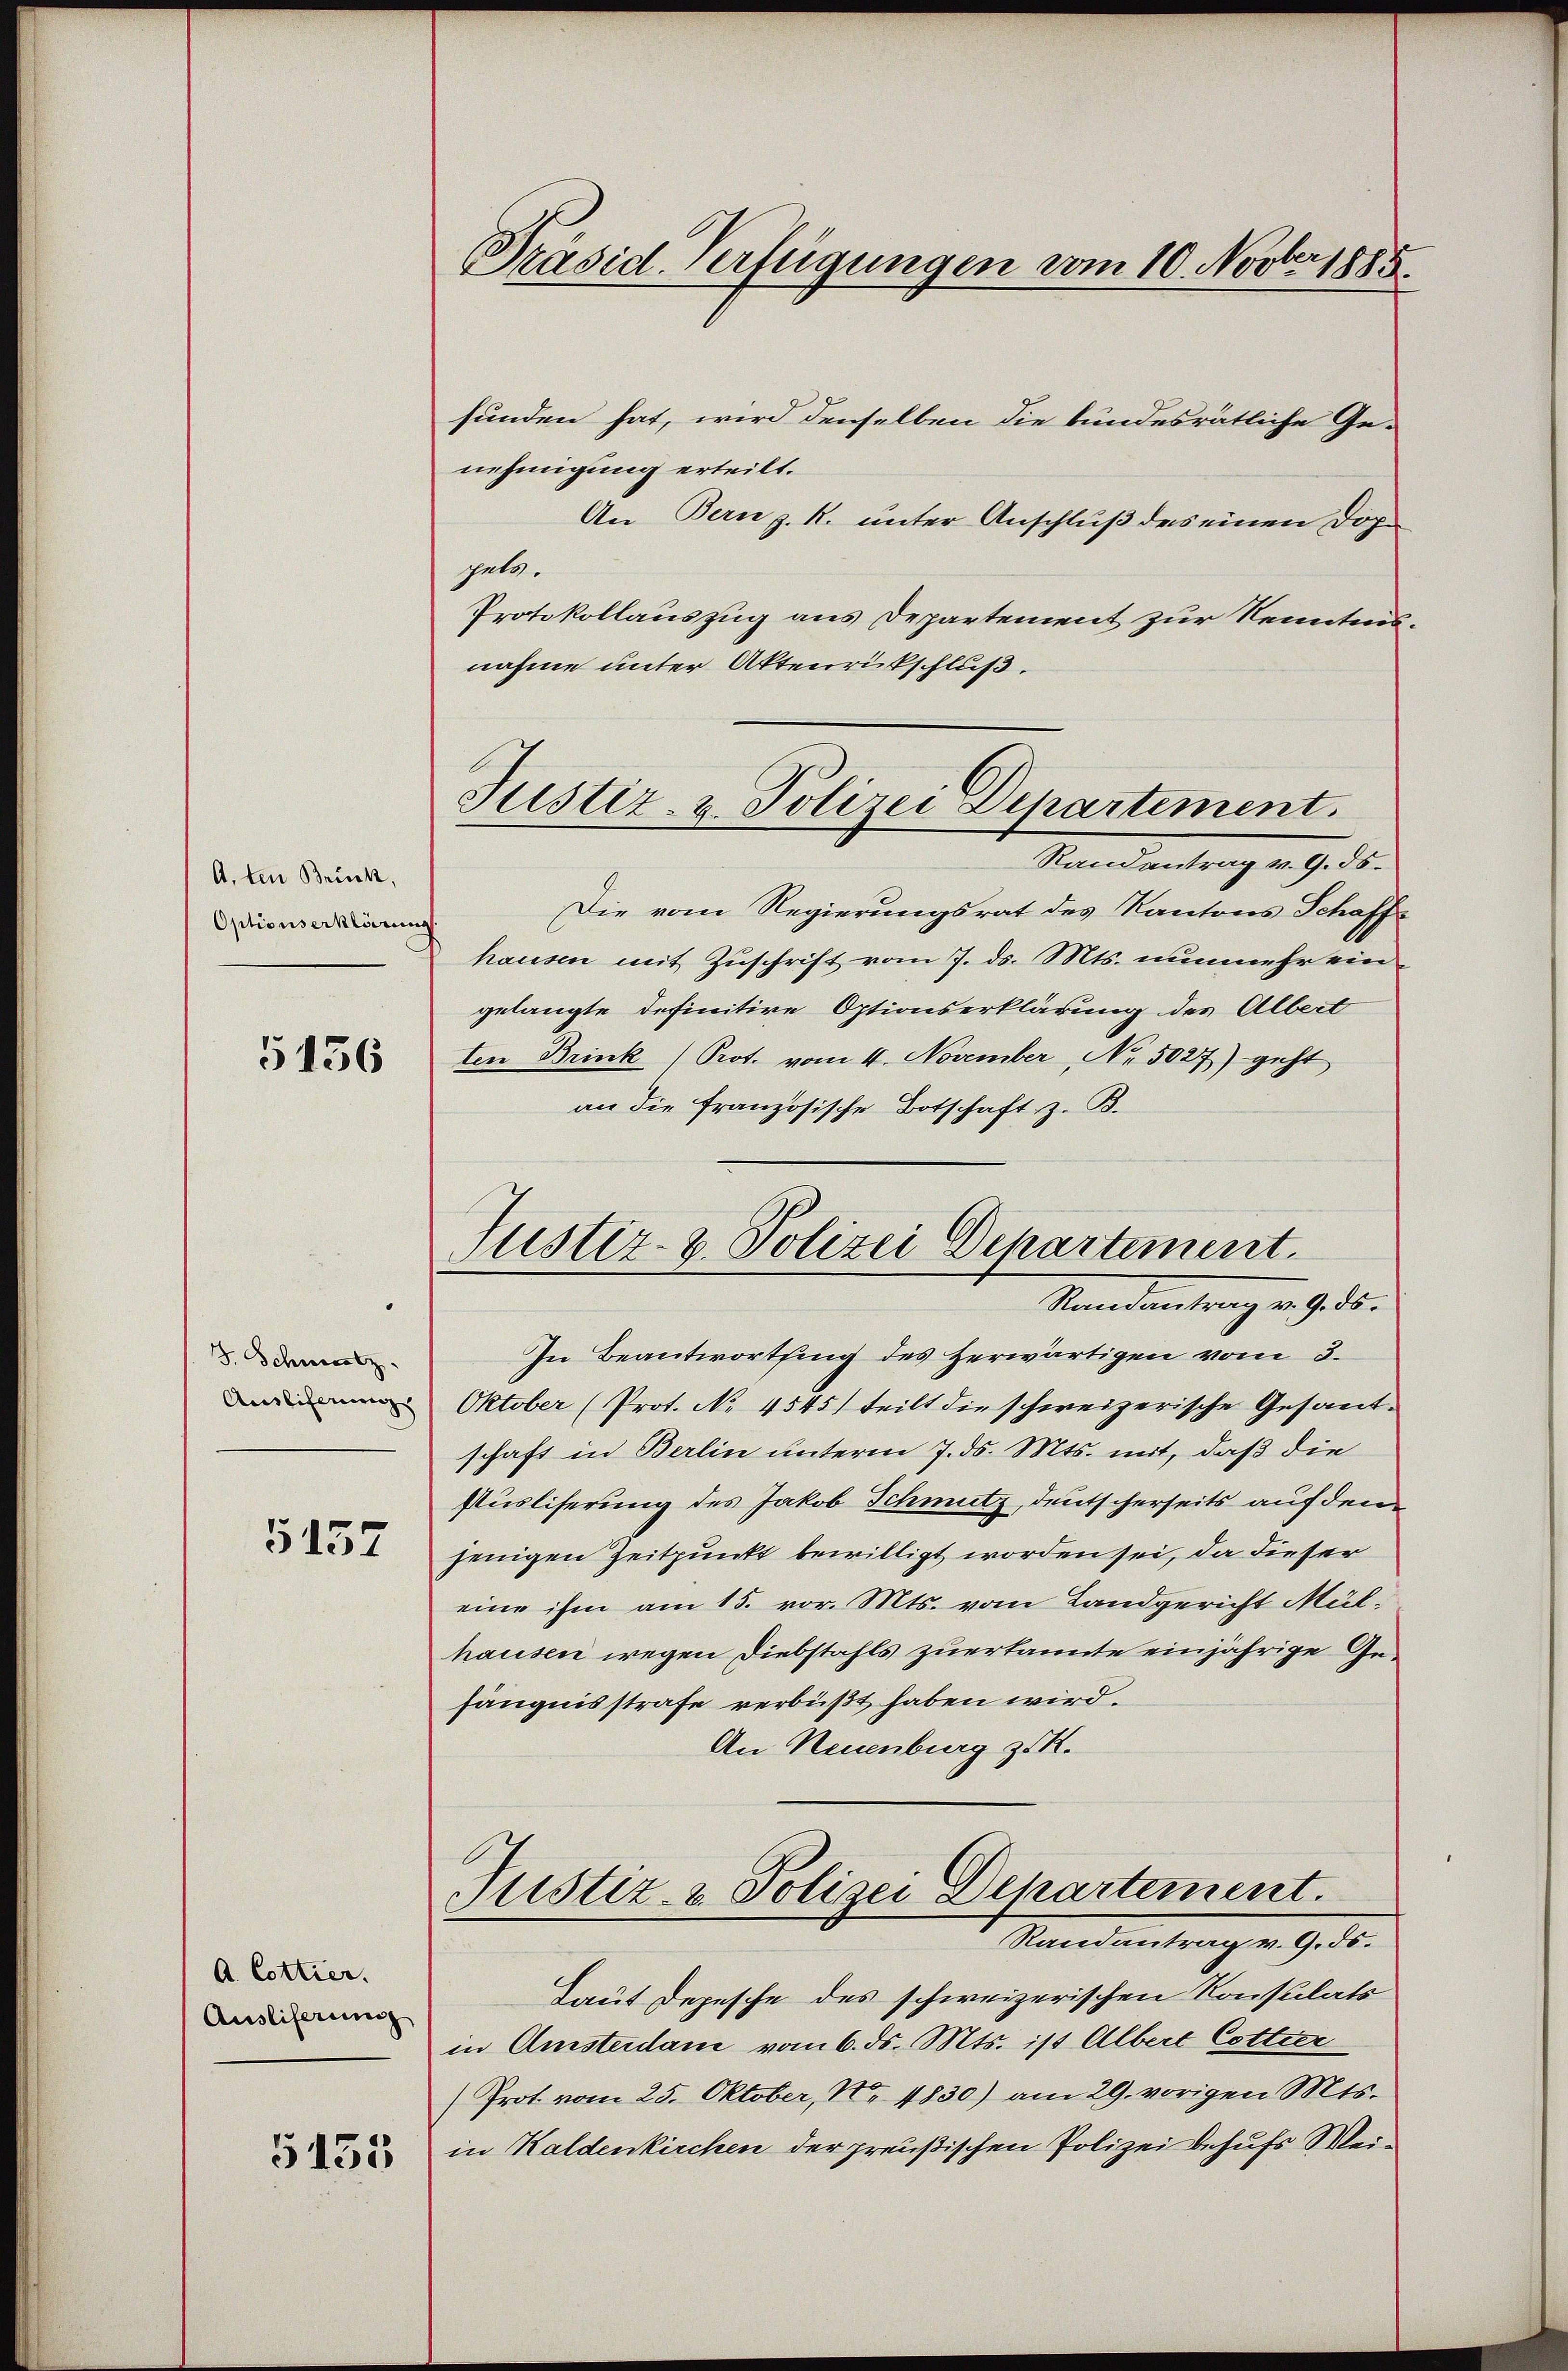
A. ten Brinck,
Optionserklären

5136

J. Schwatz.
Ausliferung

5157

A. Cottier.
Ausliserung

5135

Präsid. Verfügungen vom 10. Novber 1885.

funden hat, wird denselben die bundesrätliche Ge-
nehmigung erteilt.
An Bern z. R. unter Anschluß des einen Dopgebe.
Protokollauszug aus Departement zur Kenntnisnahme unter Aktenrückschluß.
Randantrag v. 9. 35.
Die vom Regierungsrat des Kantons Schaff-
hausen mit Zuschrift vom 7. ds. Mts. nunmehr eingelangte definitive Optionserklärung des Albert
ten Brink (Prot. vom 4. November, No. 5027) geht
an die französische Botschaft z. B.
In Beantwortsing des Herwärtigen vom 3.
Oktober (Prot. No 4545) teilt die schweizerische Gesandschaft in Berlin unterm 7. ds. Mts. mit, daß die
Püsliserung des Jakob Schmutz, deutscherseits auf denjenigen Zeitpunkt bewilligt worden sei, da dieser
eine ihm am 15. vor. Mts. vom Landgericht Mülhausen wegen Diebstahls zuerkannte einjährige Gefängnisstrafe verbüßt haben wird.
An Neuenburg z. K.
Justiz- & Polizei Departement.
Randantrag v. 9. ds.
Daus Depesche des schweizerischen Konsulats
in Amsterdam vom 6. ds. Mts. ist Albert Cottier
(Prot. vom 25. Oktober, Nr. 4830) am 29. vorigen Mts.
in Kaldenkirchen der preußischen Polizei behufs Wei¬

Justiz- & Polizei Departement.

Justiz- & Polizei Departement.
Mandantrag v. 9. 5.